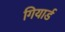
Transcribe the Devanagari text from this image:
गियार्ड